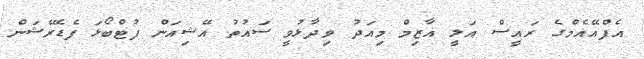
އެފްއޭއެމްގެ ރައީސް އަލީ އާޒިމް މިއަދު ވިދާޅުވީ ސައުތު އޭޝިއަން ފުޓްބޯޅަ ފެޑެރޭޝަން